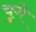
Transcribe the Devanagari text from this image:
चुगे